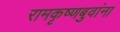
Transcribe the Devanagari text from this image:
रामकृष्णबुवांना